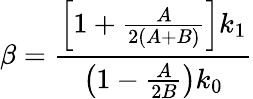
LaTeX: \beta=\frac{\left[1+\frac{A}{2(A+B)}\right]k_{1}}{\left(1-\frac{A}{2B}\right)k_{0}}